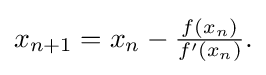
{\textstyle x_{n+1}=x_{n}-{\frac {f(x_{n})}{f'(x_{n})}}.}